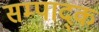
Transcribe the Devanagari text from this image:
सम्पाद्क